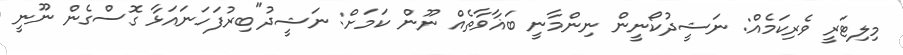
މިލިޓަރީ ވެރިކަމެއް: ނަޝީދުކޯނީން ނިންމާނީ ބަޣާވާތެއް ނޫން ކަމަށް: ނަޝީދު"ބިރުފަހަނައަޅާ ގޮސްގެން ނޫނީ